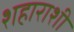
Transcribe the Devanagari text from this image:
शहाराशी